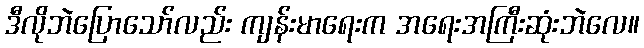
ဒီလိုဘဲပြောသော်လည်း ကျန်းမာရေးက အရေးအကြီးဆုံးဘဲလေ။